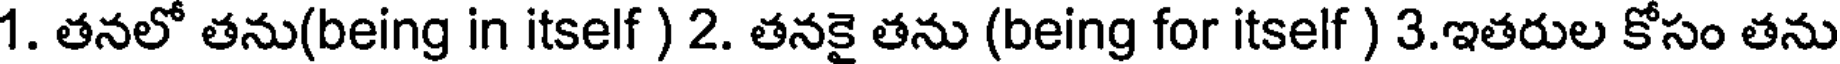
1. తనలో తను(being in itself ) 2. తనకై తను (being for itself ) 3.ఇతరుల కోసం తను